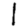
Digit: 1